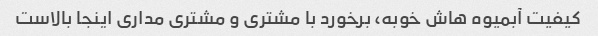
کیفیت آبمیوه هاش خوبه، برخورد با مشتری و مشتری مداری اینجا بالاست